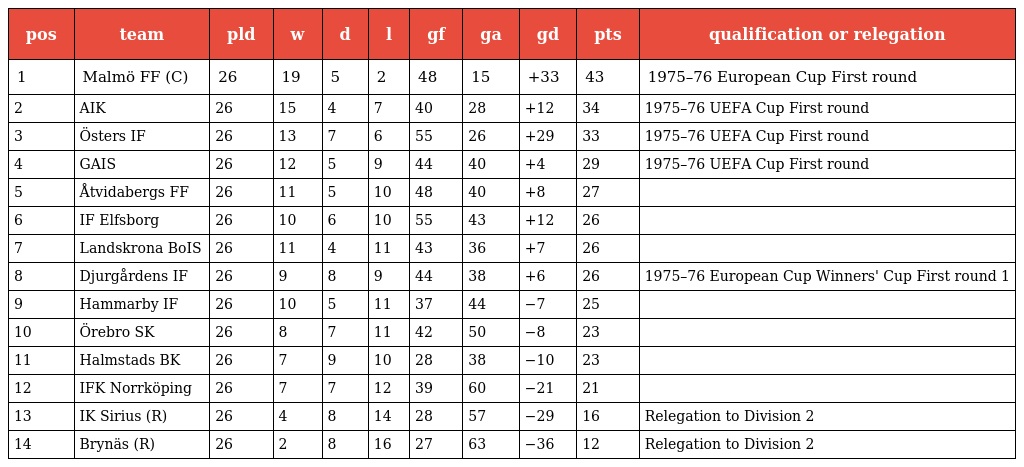
| pos | team | pld | w | d | l | gf | ga | gd | pts | qualification or relegation |
 | --- | --- | --- | --- | --- | --- | --- | --- | --- | --- | --- |
 | 1 | Malmö FF (C) | 26 | 19 | 5 | 2 | 48 | 15 | +33 | 43 | 1975–76 European Cup First round |
 | 2 | AIK | 26 | 15 | 4 | 7 | 40 | 28 | +12 | 34 | 1975–76 UEFA Cup First round |
 | 3 | Östers IF | 26 | 13 | 7 | 6 | 55 | 26 | +29 | 33 | 1975–76 UEFA Cup First round |
 | 4 | GAIS | 26 | 12 | 5 | 9 | 44 | 40 | +4 | 29 | 1975–76 UEFA Cup First round |
 | 5 | Åtvidabergs FF | 26 | 11 | 5 | 10 | 48 | 40 | +8 | 27 |  |
 | 6 | IF Elfsborg | 26 | 10 | 6 | 10 | 55 | 43 | +12 | 26 |  |
 | 7 | Landskrona BoIS | 26 | 11 | 4 | 11 | 43 | 36 | +7 | 26 |  |
 | 8 | Djurgårdens IF | 26 | 9 | 8 | 9 | 44 | 38 | +6 | 26 | 1975–76 European Cup Winners' Cup First round 1 |
 | 9 | Hammarby IF | 26 | 10 | 5 | 11 | 37 | 44 | −7 | 25 |  |
 | 10 | Örebro SK | 26 | 8 | 7 | 11 | 42 | 50 | −8 | 23 |  |
 | 11 | Halmstads BK | 26 | 7 | 9 | 10 | 28 | 38 | −10 | 23 |  |
 | 12 | IFK Norrköping | 26 | 7 | 7 | 12 | 39 | 60 | −21 | 21 |  |
 | 13 | IK Sirius (R) | 26 | 4 | 8 | 14 | 28 | 57 | −29 | 16 | Relegation to Division 2 |
 | 14 | Brynäs (R) | 26 | 2 | 8 | 16 | 27 | 63 | −36 | 12 | Relegation to Division 2 |